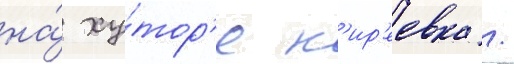
на́ ху́тор'е к'ир'еевка /